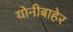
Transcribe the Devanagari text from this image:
योनीबाहेर